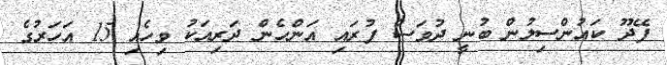
ފޭދޫ ކައުންސިލުން ބުނީ ދުވަސް ފުރައި އަންހެން ދަރިއަކު ވިހެއި 15 އަހަރުގެ